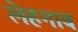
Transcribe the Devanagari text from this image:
लेहगाव